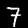
Digit: 7